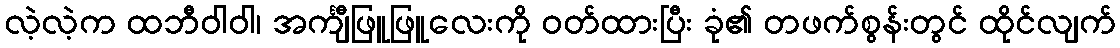
လဲ့လဲ့က ထဘီဝါဝါ၊ အင်္ကျီဖြူဖြူလေးကို ဝတ်ထားပြီး ခုံ၏ တဖက်စွန်းတွင် ထိုင်လျက်